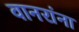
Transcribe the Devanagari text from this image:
वानरांना